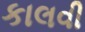
કાલવી